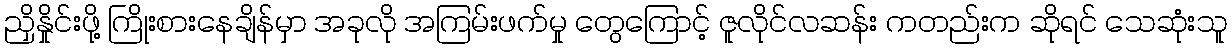
ညှိနှိုင်းဖို့ ကြိုးစားနေချိန်မှာ အခုလို အကြမ်းဖက်မှု တွေကြောင့် ဇူလိုင်လဆန်း ကတည်းက ဆိုရင် သေဆုံးသူ